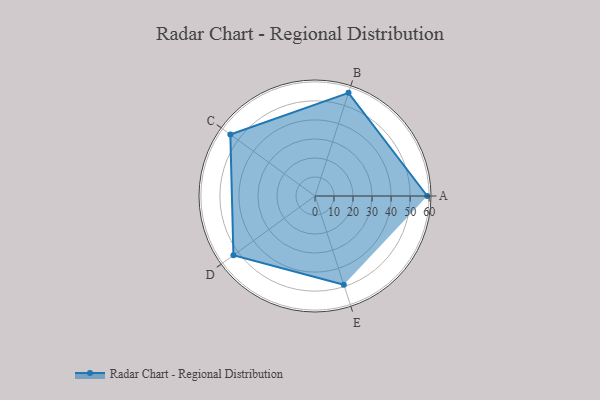
{"axis": {"x": "Skill", "y": "Score"}, "legend": ["Profile"], "data": [{"x": "A", "y": 59.0, "type": "Profile"}, {"x": "B", "y": 57.0, "type": "Profile"}, {"x": "C", "y": 55.0, "type": "Profile"}, {"x": "D", "y": 53.0, "type": "Profile"}, {"x": "E", "y": 49.0, "type": "Profile"}]}